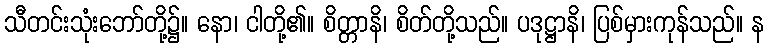
သီတင်းသုံးဘော်တို့၌။ နော၊ ငါတို့၏။ စိတ္တာနိ၊ စိတ်တို့သည်။ ပဒုဋ္ဌာနိ၊ ပြစ်မှားကုန်သည်။ န